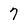
Character: 7